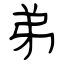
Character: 弟